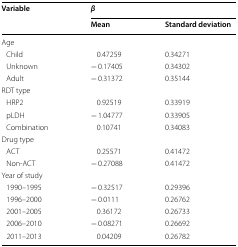
| <ROWSPAN=2> Variable | <COLSPAN=2> β |
 | Mean | Standard deviation |
 | --- | --- | --- |
 | <COLSPAN=3> Age |
 | Child | 0.47259 | 0.34271 |
 | Unknown | − 0.17405 | 0.34302 |
 | Adult | − 0.31372 | 0.35144 |
 | <COLSPAN=3> RDT type |
 | HRP2 | 0.92519 | 0.33919 |
 | pLDH | − 1.04777 | 0.33905 |
 | Combination | 0.10741 | 0.34083 |
 | <COLSPAN=3> Drug type |
 | ACT | 0.25571 | 0.41472 |
 | Non-ACT | − 0.27088 | 0.41472 |
 | <COLSPAN=3> Year of study |
 | 1990–1995 | − 0.32517 | 0.29396 |
 | 1996–2000 | − 0.0111 | 0.26762 |
 | 2001–2005 | 0.36172 | 0.26733 |
 | 2006–2010 | − 0.08271 | 0.26692 |
 | 2011–2013 | 0.04209 | 0.26782 |